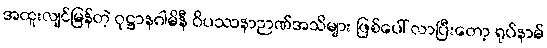
အထူးလျင်မြန်တဲ့ ဝုဋ္ဌာနဂါမိနီ ဝိပဿနာဉာဏ်အသိများ ဖြစ်ပေါ် လာပြီးတော့ ရုပ်နာမ်